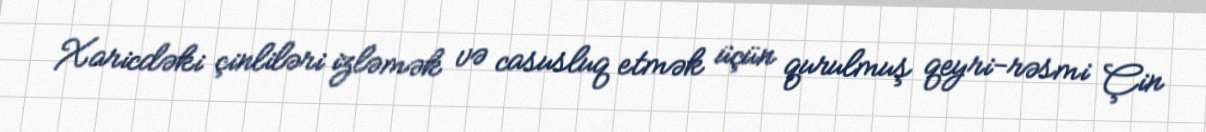
Xaricdəki çinliləri izləmək və casusluq etmək üçün qurulmuş qeyri-rəsmi Çin